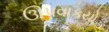
ઊપવાકયો